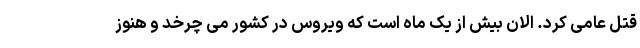
قتل عامی کرد. الان بیش از یک ماه است که ویروس در کشور می چرخد و هنوز